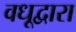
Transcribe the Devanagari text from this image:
वधूद्वारा